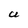
Character: U